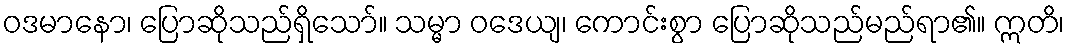
ဝဒမာနော၊ ပြောဆိုသည်ရှိသော်။ သမ္မာ ဝဒေယျ၊ ကောင်းစွာ ပြောဆိုသည်မည်ရာ၏။ ဣတိ၊